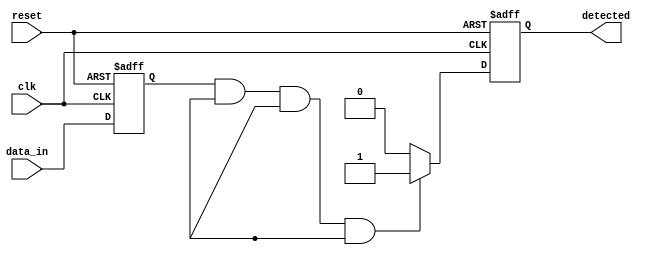
module pattern_detector #(
    parameter PATTERN_LENGTH = 4,   // Length of the pattern to be detected
    parameter DATA_WIDTH = 1         // Width of the input data (1-bit)
)(
    input wire clk,                  // Clock signal
    input wire reset,                // Reset signal
    input wire [DATA_WIDTH-1:0] data_in, // Input data stream
    output reg detected              // Output signal indicating pattern detection
);

    // Flip-flops to store the input data
    reg [DATA_WIDTH-1:0] shift_reg [0:PATTERN_LENGTH-1];

    // Predefined pattern to be detected (example: 4'b1101)
    localparam [DATA_WIDTH-1:0] PATTERN = 4'b1101;

    // Shift register process
    integer i;
    always @(posedge clk or posedge reset) begin
        if (reset) begin
            // Initialize all flip-flops to 0 on reset
            for (i = 0; i < PATTERN_LENGTH; i = i + 1) begin
                shift_reg[i] <= 0;
            end
            detected <= 0; // Reset detection signal
        end else begin
            // Shift the input data into the shift register
            for (i = PATTERN_LENGTH-1; i > 0; i = i - 1) begin
                shift_reg[i] <= shift_reg[i-1];
            end
            shift_reg[0] <= data_in; // Load new data into the first flip-flop

            // Check for pattern detection
            if (shift_reg[0] == PATTERN[0] && 
                shift_reg[1] == PATTERN[1] && 
                shift_reg[2] == PATTERN[2] && 
                shift_reg[3] == PATTERN[3]) begin
                detected <= 1; // Pattern detected
            end else begin
                detected <= 0; // No match
            end
        end
    end

endmodule